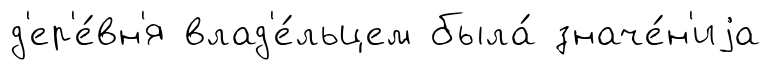
д'ер'е́вн'я влад'е́льцем была́ значе́н'иjа